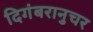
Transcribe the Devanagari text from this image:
दिगंबरानुचर